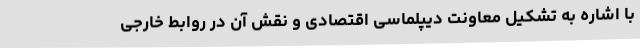
با اشاره به تشکیل معاونت دیپلماسی اقتصادی و نقش آن در روابط خارجی